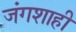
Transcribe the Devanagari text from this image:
जंगशाही